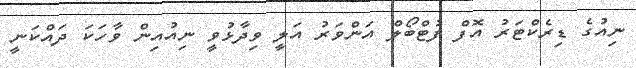
ނިއުގެ ޑިރެކްޓަރު އޮފް ފުޓްބޯލް އަންވަރު އަލީ ވިދާޅުވީ ނިއުއިން ވާހަކަ ދައްކަނީ